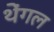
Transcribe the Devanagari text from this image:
थेंगल